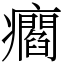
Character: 㿕